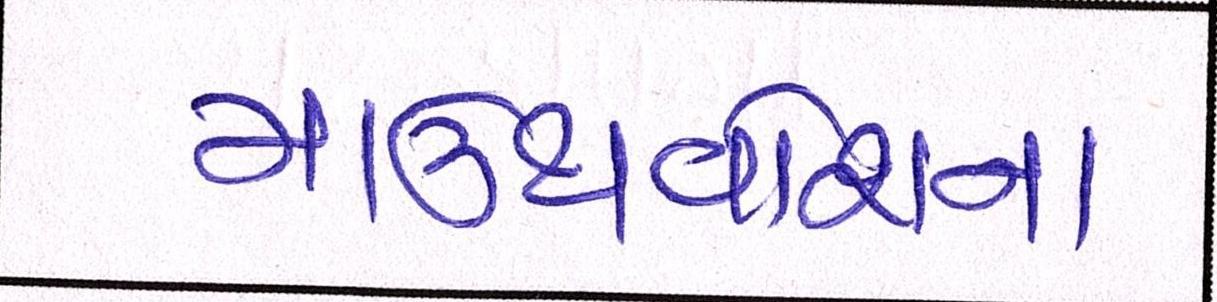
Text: માઉથવોશના